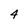
Character: 4